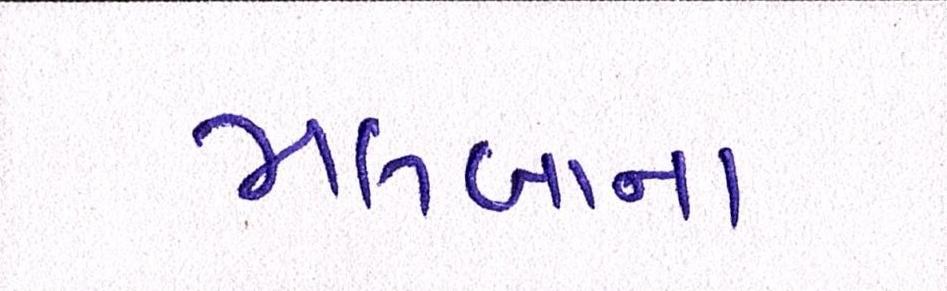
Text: મલબાના